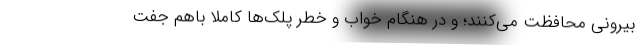
بیرونی محافظت می‌کنند؛ و در هنگام خواب و خطر پلک‌ها کاملاً باهم جفت